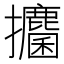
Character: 攟